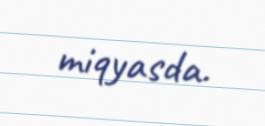
miqyasda.